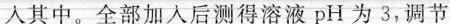
入其中。全部加入后测得溶液pH为3，调节